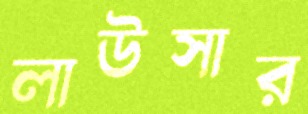
লাউসার